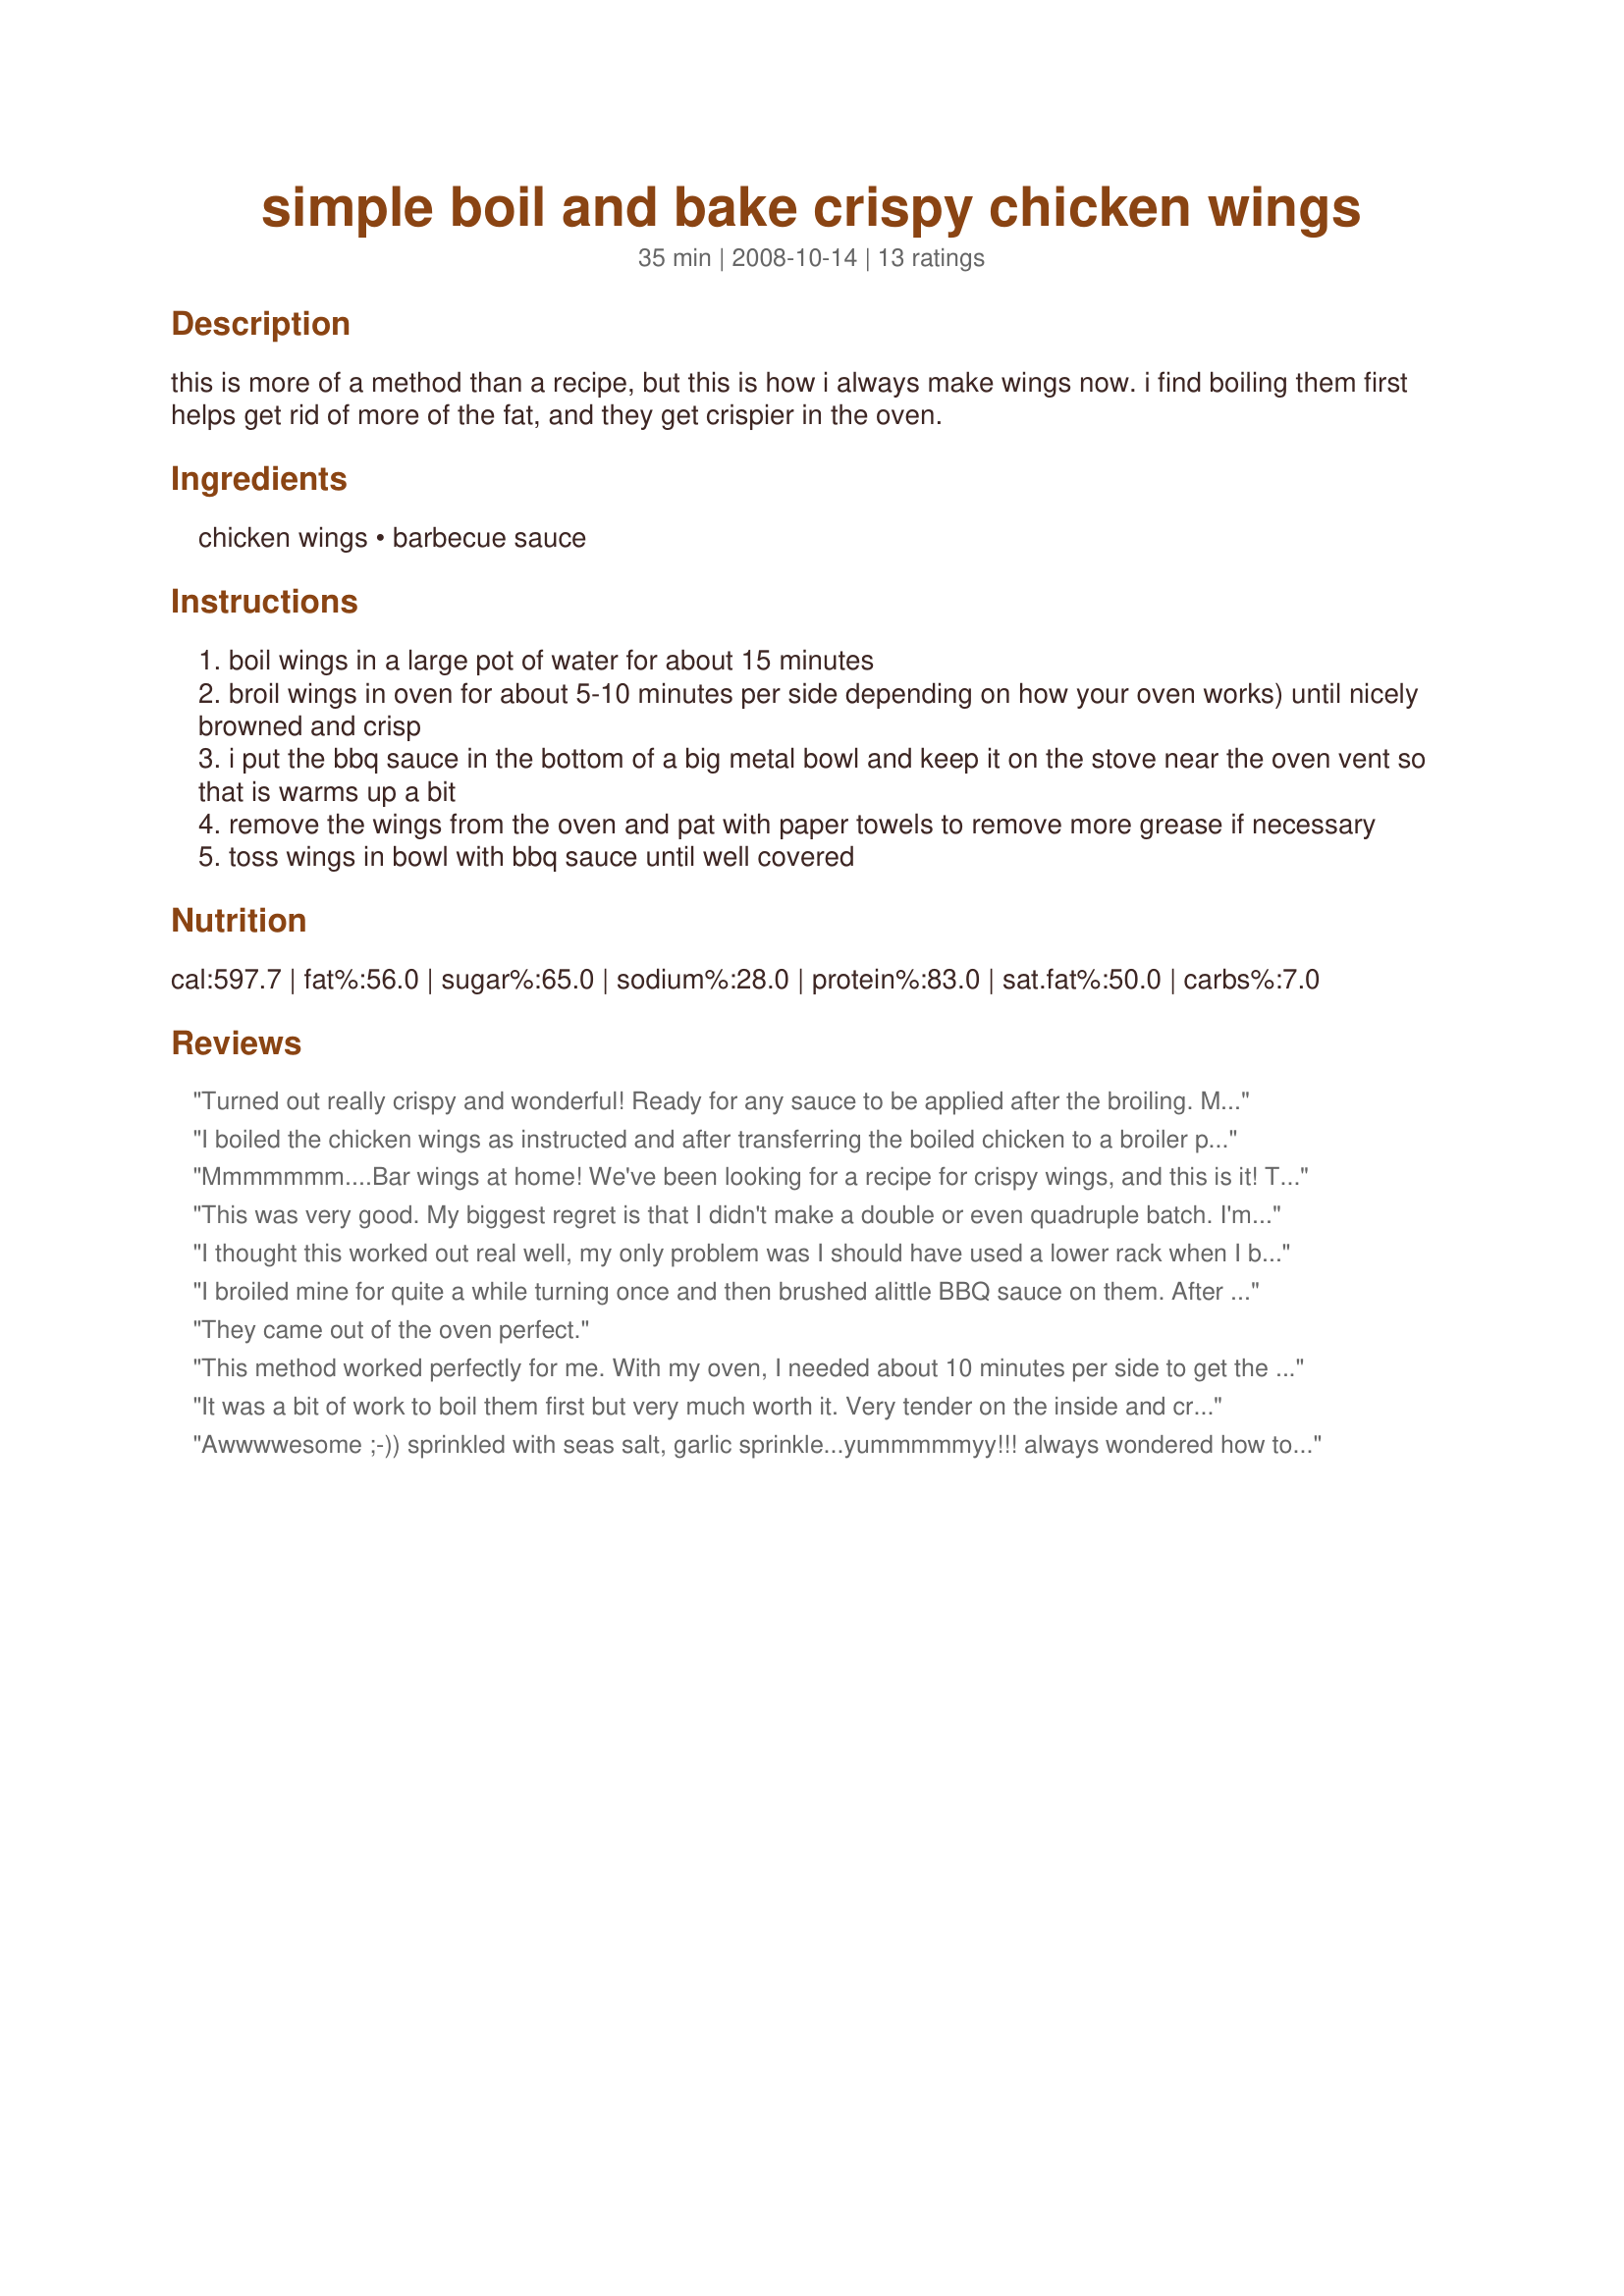
simple boil and bake crispy chicken wings
Preparation time: 35 minutes

this is more of a method than a recipe, but this is how i always make wings now. i find boiling them first helps get rid of more of the fat, and they get crispier in the oven.

Ingredients:
chicken wings, barbecue sauce

Steps:
boil wings in a large pot of water for about 15 minutes
broil wings in oven for about 5-10 minutes per side depending on how your oven works) until nicely browned and crisp
i put the bbq sauce in the bottom of a big metal bowl and keep it on the stove near the oven vent so that is warms up a bit
remove the wings from the oven and pat with paper towels to remove more grease if necessary
toss wings in bowl with bbq sauce until well covered

Reviews:
Turned out really crispy and wonderful! Ready for any sauce to be applied after the broiling. My only mistake was putting the wings flat on a cookie sheet instead of on a broiling pan and I set off the smoke alarms. :-) But I think if I'd used a broiling pan it would have been just fine.
I boiled the chicken wings as instructed and after transferring the boiled chicken to a broiler pan I seasoned the chicken with a premixed spice blend and broiled on high for 5 minutes, turned the wings and seasoned again and cooked another 5 minutes. I felt that longer than 5 minutes would have been too long. The chicken was crispy and delicious. I will be making this again. Thanks Seamor for posting this recipe method
Mmmmmmm....Bar wings at home! We've been looking for a recipe for crispy wings, and this is it! The added bonus is fat IS actually drawn out instead of being added through deep-frying. We enjoyed them so much that we are whipping up another batch today. I'd like to try them with buffalo sauce or Jack Daniel's sauce too. Thank you so much for sharing this...it will be our "go to" <br/>recipe for wings. We eat them at least once a week, so this is a real treasure.
This was very good. My biggest regret is that I didn't make a double or even quadruple batch.
I'm not much of a wing connoisseur - I just eat them when I get a chance; and since I'm an intermediate cook, I don't think I'd ever prepared wings before this. I thought the same thing as in the description: this is more of a method than a recipe; but it's an effective method, I think. I don't think I've ever used my broiler (don't know why I'm leery of using it). It gives me a choice of high and low, and I chose "high". I peeked at the wings at 5 minutes, and opted to go the full 10 minutes on each side. Aside from that, I made it exactly as written. I agree that the boiling and then the broiling get rid of a lot of fat. (I, too, used parchment paper in the oven, on top of a jelly-roll pan). I patted the wings with paper towels to remove any excess grease, as suggested, and there was very little left to remove. The wings were beautifully browned and crispy. One minor complaint is that the amount of barbecue sauce was a little too much, I thought - 1/3 cup would probably be plenty. Oh, and this really should be called "Simple Boil and Broil [not Bake] Crispy Chicken Wings". But overall, this is a great, easy recipe, and I hope I make it again soon - thanks!
I thought this worked out real well, my only problem was I should have used a lower rack when I broiled them. at 5 min the Teriyaki Sauce started to burn and yes I set the smoke alarm off too.
I broiled mine for quite a while turning once and then brushed alittle BBQ sauce on them. After putting them back in the oven on a lower rack for 5-10 minutes, they came out tasting like they had been deep fried and prepared at a sports bar!
Crispy and juicy!!!!!
Such a simple idea with amazing results!
Thanks!
They came out of the oven perfect.
This method worked perfectly for me. With my oven, I needed about 10 minutes per side to get the wings crispy. I used some honey BBQ sauce with added Tabasco sauce for a little heat. Very good.
It was a bit of work to boil them first but very much worth it. Very tender on the inside and crispy on the outside. I used a hot wing sauce on some and a sweet bbq on the rest. Everyone was happy. Making them this weekend for friends I should get rave reviews from them!!!! Thanks for sharing!
Awwwwesome ;-)) sprinkled with seas salt, garlic sprinkle...yummmmmyy!!! always wondered how to keep my wings juicy inside and crispy outside, no frying. My kids are going to give Mommy big hugs. They love chicken wings ;-))
Thank You sooo much for this recipe!!! My family really enjoyed them.After they were done, I put them back in the oven with some honey smokehouse Jack Daniels BBQ Sauce....... cooked to perfection!! I will be using this recipe often!!!!! :)
The boiling worked great and the wings were fully cooked through. I used my own sauce and this is the method I will use from now on.
THANK YOU, THANK YOU, THANK YOU!! I love chicken wings...when crispy and whole; like the restaurants...and I have tried every recipe I could find to make them "right". I always ended up with wings that were torn apart because they stuck to the frying pan or baking pan or are "soft" (not crispy) wings because I didn't want to leave them too long enough because they would stick. I'm happy to say that your method is amazing(ly simple)!!!! Tonight I made the best wings ever!!! I made honey garlic wings but the method works for any type of wings you could imagine. PS...this is my FIRST review of any recipe on any site EVER..but so worth it!!!!!
